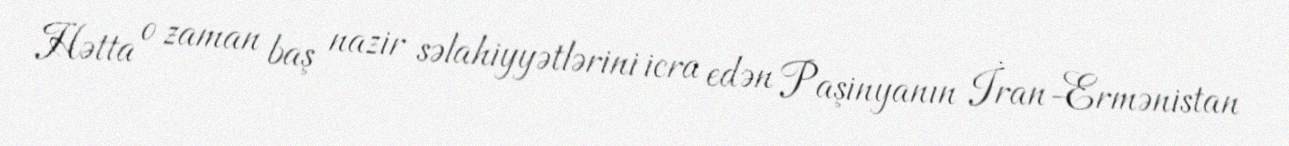
Hətta o zaman baş nazir səlahiyyətlərini icra edən Paşinyanın İran-Ermənistan